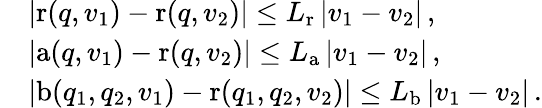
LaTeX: \begin{array}{rl}&{\left|\mathrm{r}(q,v_{1})-\mathrm{r}(q,v_{2})\right|\leq L_{\mathrm{r}}\left|v_{1}-v_{2}\right|\, ,}\\ &{\left|\mathrm{a}(q,v_{1})-\mathrm{r}(q,v_{2})\right|\leq L_{\mathrm{a}}\left|v_{1}-v_{2}\right|\, ,}\\ &{\left|\mathrm{b}(q_{1},q_{2},v_{1})-\mathrm{r}(q_{1},q_{2},v_{2})\right|\leq L_{\mathrm{b}}\left|v_{1}-v_{2}\right|\, .}\end{array}